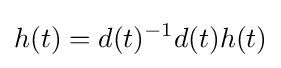
h(t)=d(t)^{-1}d(t)h(t)